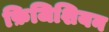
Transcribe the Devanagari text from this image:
फ़िजिशियन